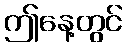
ဤနေ့တွင်